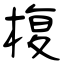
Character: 椱